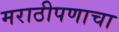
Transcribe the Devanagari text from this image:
मराठीपणाचा